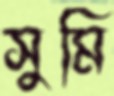
সুমি